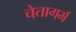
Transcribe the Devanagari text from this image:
चेतागर्भ